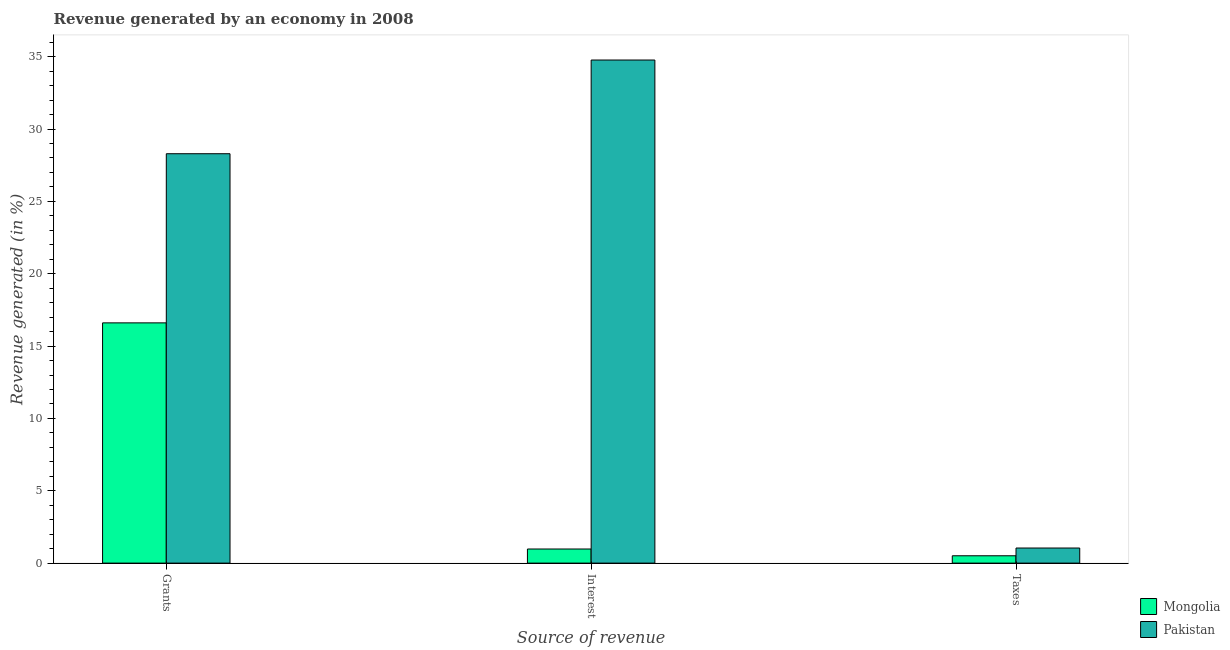
| Source of revenue | Mongolia | Pakistan |
 | --- | --- | --- |
 | Grants | 16.6 | 28.3 |
 | Interest | 0.974 | 34.8 |
 | Taxes | 0.507 | 1.04 |